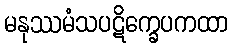
မနုဿမံသပဋိက္ခေပကထာ